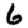
Digit: 6